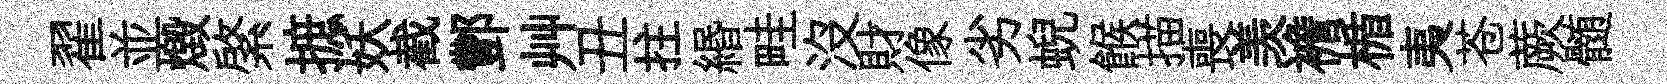
翟並燬綮摭妖截酆艸丑拄緡畦沒財像劣蜺餱描喪羡襜楯夷苍蕨髄